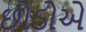
છોડોએ